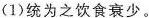
(1)统为之饮食衰少。